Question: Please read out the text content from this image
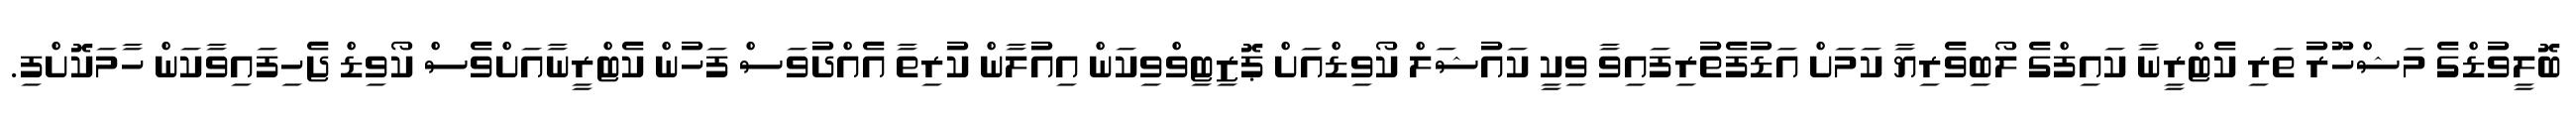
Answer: ބޮލީވުޑްގެ މަޝްހޫރު ތަރި ކެޓްރީނާ ކައިފްގެ ލޯބިވެރިޔާ ކަމަށް އަޑުފެތުރިފައިވާ ވިކީ ކައުޝަލް ކޯވިޑްއަށް ޕޮޒިޓިވްވިކަން އިއުލާން ކުރިތާ އެއްދުވަސް ފަހުން ކެޓްރީނާއަށްވެސް ކޯވިޑް ޖެހިފައިވާކަން ހާމަކޮށްފި.